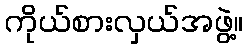
ကိုယ်စားလှယ်အဖွဲ့။